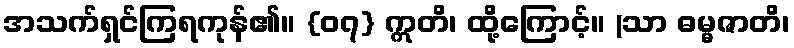
အသက်ရှင်ကြရကုန်၏။ {၀၇} ဣတိ၊ ထို့ကြောင့်။ (သာ ဓမ္မဇာတိ၊